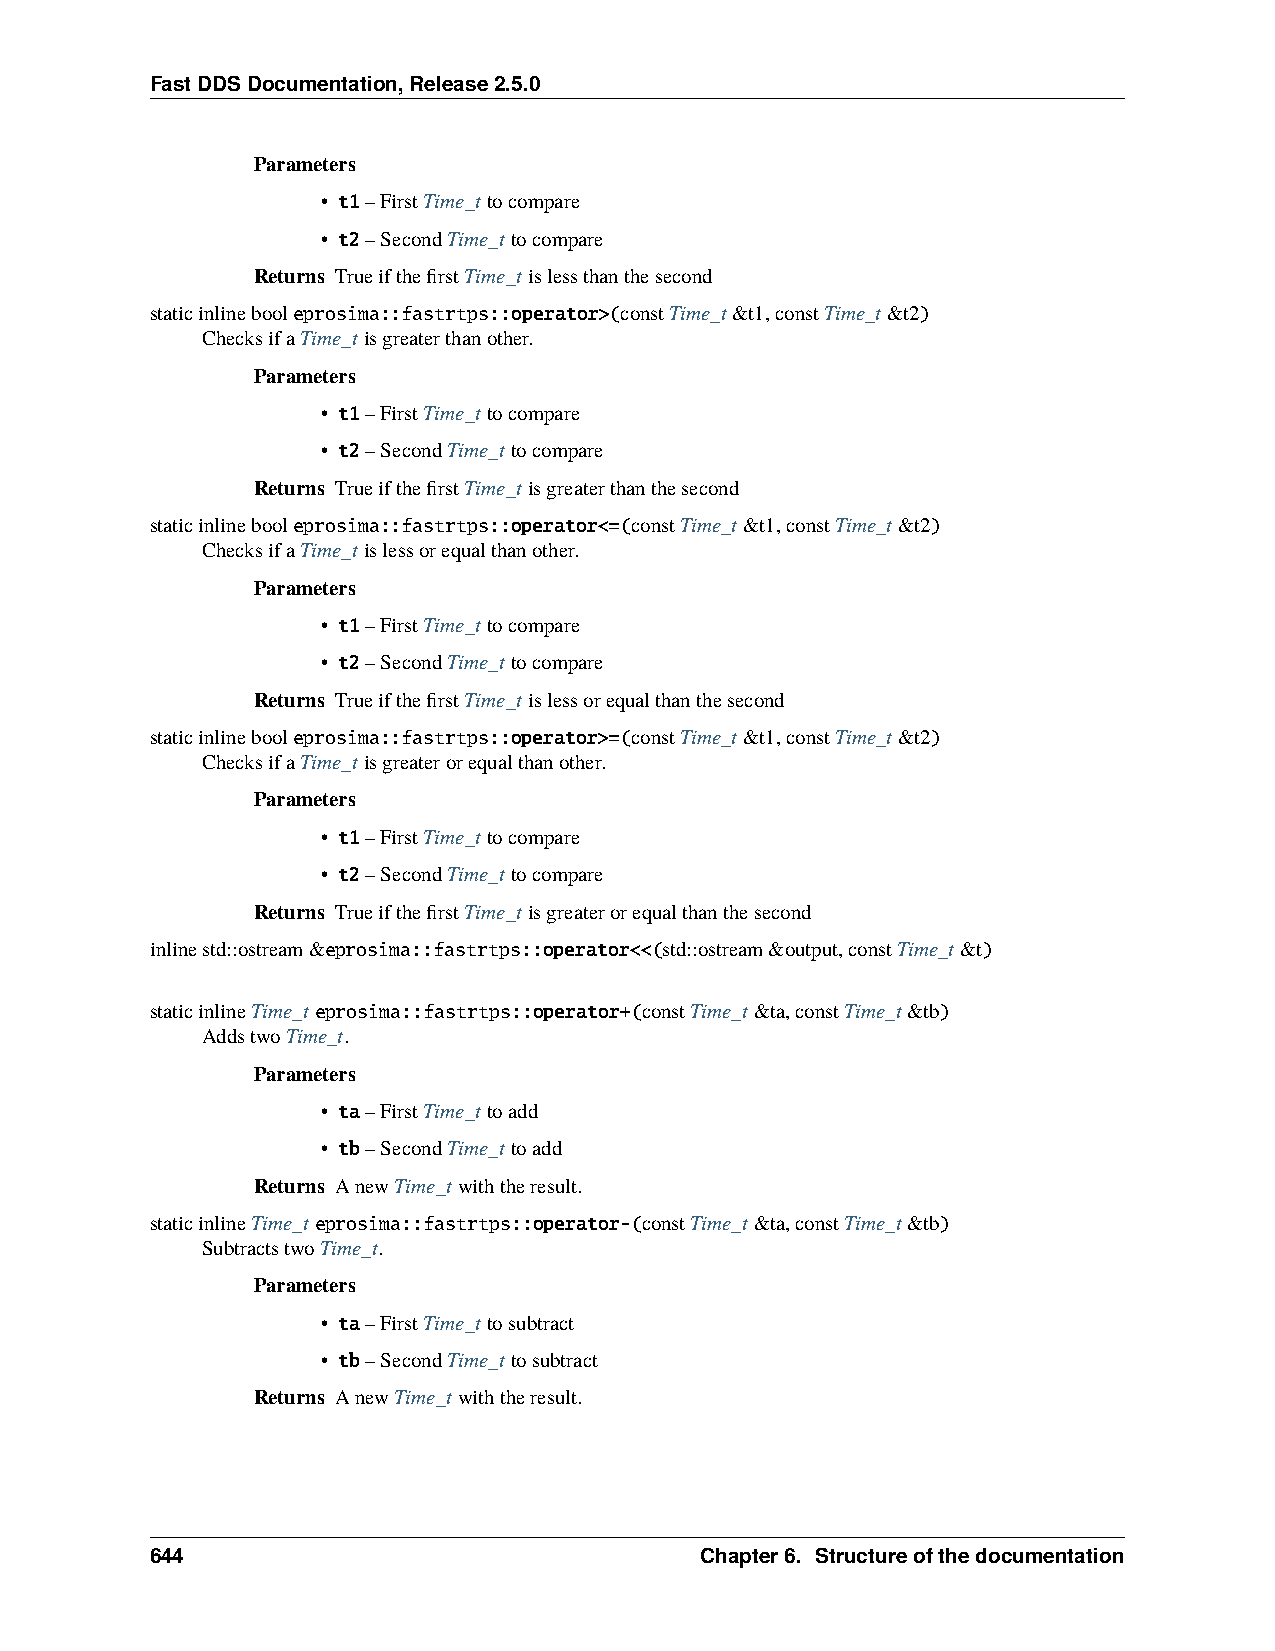
FastDDSDocumentation,Release2.5.0
 Parameters
 • t1–FirstTime_ttocompare
 • t2–SecondTime_ttocompare
 Returns TrueifthefirstTime_tislessthanthesecond
 staticinlinebooleprosima::fastrtps::operator>(constTime_t&t1,constTime_t&t2)
 ChecksifaTime_tisgreaterthanother.
 Parameters
 • t1–FirstTime_ttocompare
 • t2–SecondTime_ttocompare
 Returns TrueifthefirstTime_tisgreaterthanthesecond
 staticinlinebooleprosima::fastrtps::operator<=(constTime_t&t1,constTime_t&t2)
 ChecksifaTime_tislessorequalthanother.
 Parameters
 • t1–FirstTime_ttocompare
 • t2–SecondTime_ttocompare
 Returns TrueifthefirstTime_tislessorequalthanthesecond
 staticinlinebooleprosima::fastrtps::operator>=(constTime_t&t1,constTime_t&t2)
 ChecksifaTime_tisgreaterorequalthanother.
 Parameters
 • t1–FirstTime_ttocompare
 • t2–SecondTime_ttocompare
 Returns TrueifthefirstTime_tisgreaterorequalthanthesecond
 inlinestd::ostream&eprosima::fastrtps::operator<<(std::ostream&output,constTime_t&t)
 staticinlineTime_teprosima::fastrtps::operator+(constTime_t&ta,constTime_t&tb)
 AddstwoTime_t.
 Parameters
 • ta–FirstTime_ttoadd
 • tb–SecondTime_ttoadd
 Returns AnewTime_twiththeresult.
 staticinlineTime_teprosima::fastrtps::operator-(constTime_t&ta,constTime_t&tb)
 SubtractstwoTime_t.
 Parameters
 • ta–FirstTime_ttosubtract
 • tb–SecondTime_ttosubtract
 Returns AnewTime_twiththeresult.
 644                                 Chapter6. Structureofthedocumentation